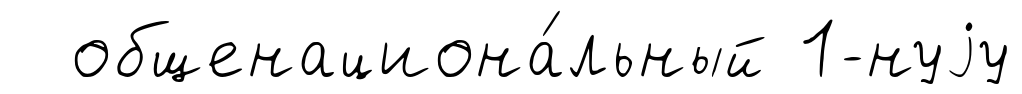
общенациона́льный 1-нуjу